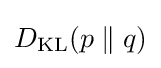
D_{\mathrm {KL} }(p\parallel q)